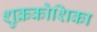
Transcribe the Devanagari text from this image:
शुक्रकोशिका